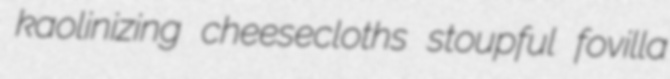
kaolinizing cheesecloths stoupful fovilla